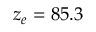
z _ { e } = 8 5 . 3